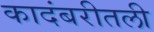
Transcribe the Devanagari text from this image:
कादंबरीतली